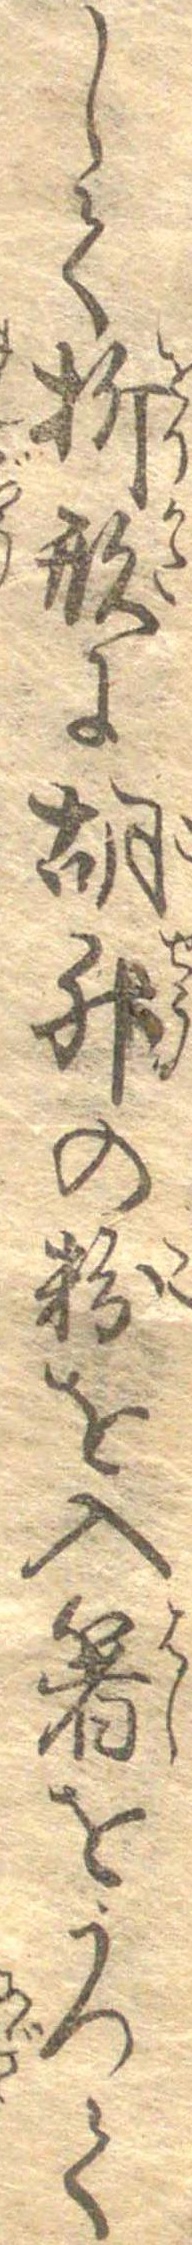
して折形に胡椒の粉を入箸をうつて